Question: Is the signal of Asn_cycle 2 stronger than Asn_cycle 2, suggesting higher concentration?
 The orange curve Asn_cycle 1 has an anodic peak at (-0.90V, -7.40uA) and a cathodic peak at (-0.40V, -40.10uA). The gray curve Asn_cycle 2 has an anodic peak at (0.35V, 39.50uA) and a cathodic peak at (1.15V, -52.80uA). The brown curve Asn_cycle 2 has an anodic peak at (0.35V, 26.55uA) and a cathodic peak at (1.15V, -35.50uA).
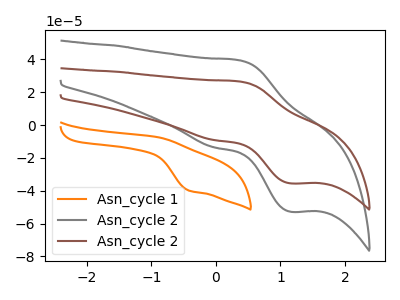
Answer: <think>All the peaks in "Asn_cycle 2" have a peak in "Asn_cycle 2" at the same potential. Every peak in "Asn_cycle 2" is lower than every peak in "Asn_cycle 2".
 </think>
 <answer>"Asn_cycle 2" has less signal than "Asn_cycle 2" and so likely has a lower concentration.</answer>
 <eval>less_concentration</eval>